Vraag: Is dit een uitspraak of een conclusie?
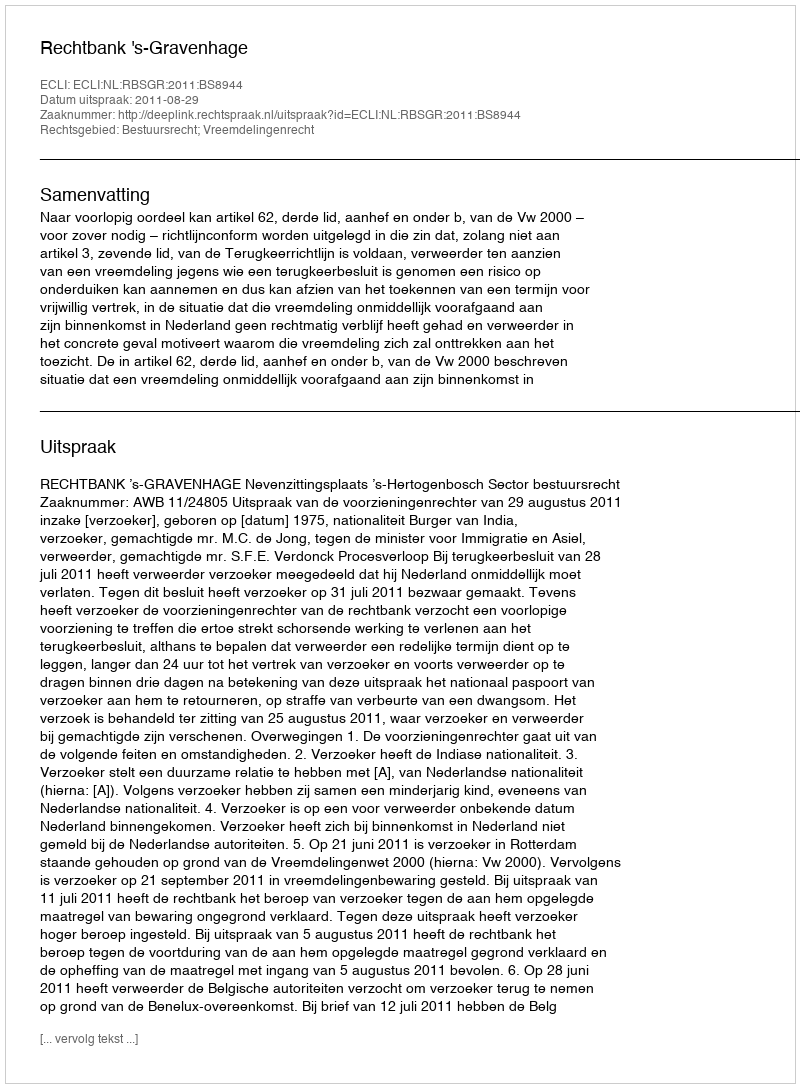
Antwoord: Uitspraak